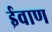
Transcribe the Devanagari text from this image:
ईवाण